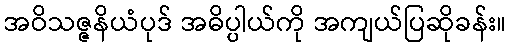
အဝိသဇ္ဇနိယံပုဒ် အဓိပ္ပါယ်ကို အကျယ်ပြဆိုခန်း။